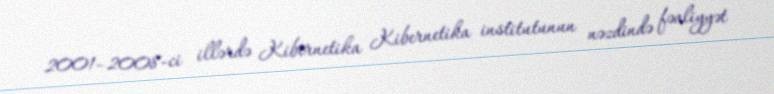
2001–2008-ci illərdə Kibernetika Kibernetika institutunun nəzdində fəaliyyət